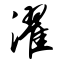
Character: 濯